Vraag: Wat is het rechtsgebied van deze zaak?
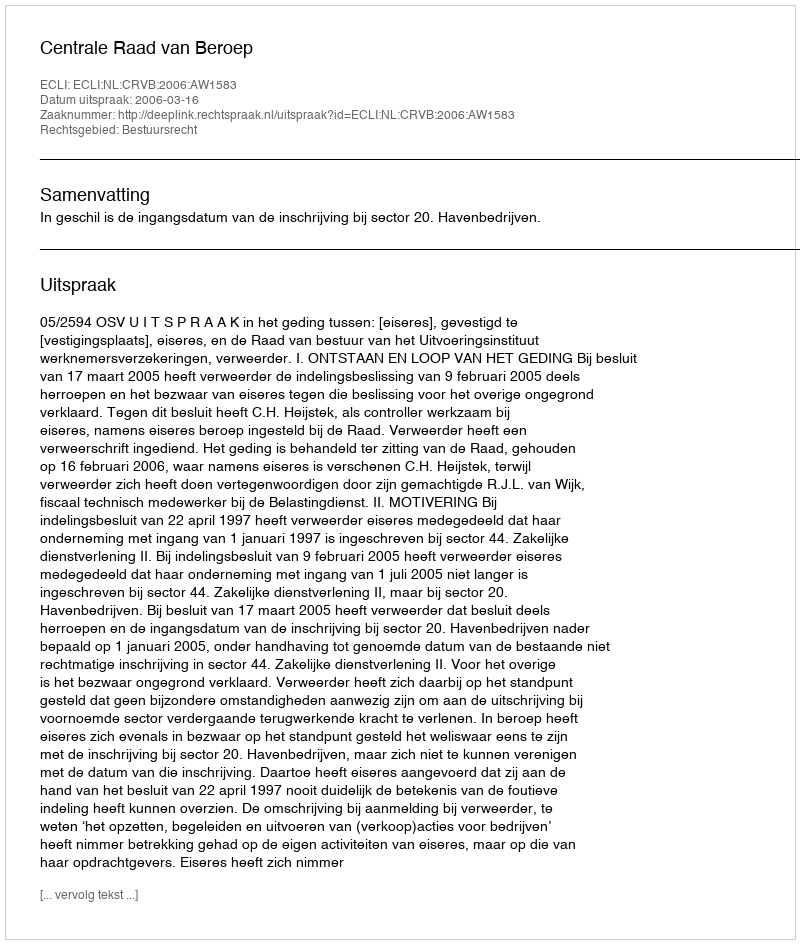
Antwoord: Bestuursrecht